Leaving Certificate Examination, 1903
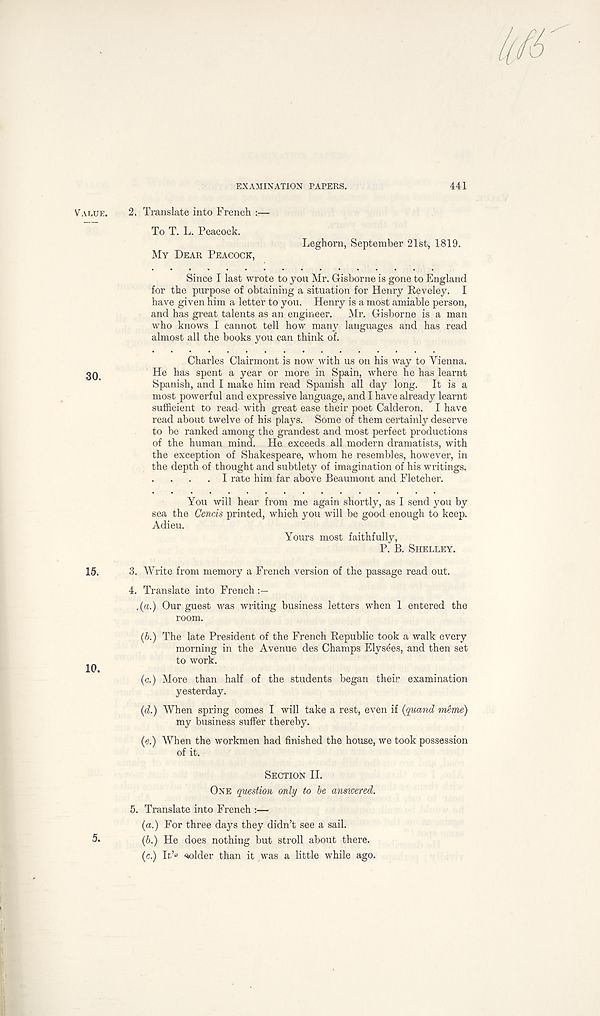
EXAMINATION PAPERS.
441
VALUE.
30.
15.
10.
2.
Translate into French :—
To T. L. Peacock.
Leghorn, September 21st, 1819.
MY DEAR PEACOCK,
Since I last wrote to you Mr. Gisborne is gone to England
for the purpose of obtaining a situation for Henry Reveley. I
have given him a letter to you. Henry is a most amiable person,
and has great talents as an engineer.
Mr. Gisborne is a man
who knows I cannot tell how many languages and has read
almost all the books you can think of.
Charles Clairmont is now with us on his way to Vienna.
He has spent a year or more in Spain, where he has learnt
Spanish, and I make him read Spanish all day long. It is a
most powerful and expressive language, and I have already learnt
sufficient to read- with great ease their poet Calderon. I have
read about twelve of his plays. Some of them certainly deserve
to be ranked among the grandest and most perfect productions
of the human mind. He exceeds all modern dramatists, with
the exception of Shakespeare, whom he resembles, however, in
the depth of thought and subtlety of imagination of his writings.
. I rate him far above Beaumont and Fletcher.
You will hear from me again shortly, as I send you by
sea the Cencis printed, which you will be good enough to keep.
Adieu.
Yours most faithfully,
P. B. SHELLEY.
3. Write from memoiy a French version of the passage read out.
4. Translate into French
.(a.) Our guest was writing business letters when 1 entered the
room.
(b.) The late President of the French Republic took a walk every
morning in the Avenue des Champs Elysees, and then set
to work.
(c.) More than half of the students began their examination
yesterday.
(d.) When spring comes I will take a rest, even if (quand meme)
my business suffer thereby.
(e.) When the workmen had finished the house, we took possession
of it.
SECTION II.
ONE question only to be answered.
5.
Translate into French :—
(a.) For three days they didn’t see a sail.
(6.) He does nothing but stroll about there,
(e.) It’® wider than it was a little while ago.